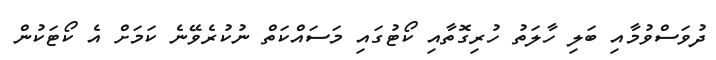
ދުވަސްވުމާއި ބަލި ހާލަތު ހުރިގޮތާއި ކޯޓުގައި މަސައްކަތް ނުކުރެވޭނެ ކަމަށް އެ ކޯޓަކުން